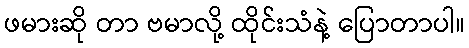
ဖမားဆို တာ ဗမာလို့ ထိုင်းသံနဲ့ ပြောတာပါ။